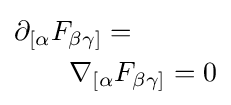
{\begin{aligned}&\partial _{[\alpha }F_{\beta \gamma ]}=\\&\qquad \nabla _{[\alpha }F_{\beta \gamma ]}=0\end{aligned}}